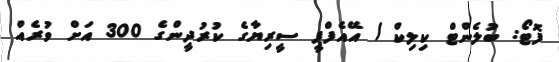
ފޮޓޯ: ބުލެންޓް ކިލިކް / އޭއެފްޕީ ސީރިޔާގެ ކުރުދީންގެ 300 އަށް ވުރެއް